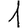
Digit: 1